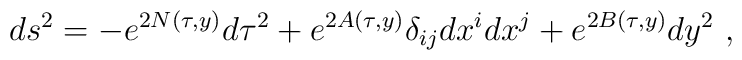
ds^2=-e^{2N(\tau,y)}d\tau^2+e^{2A(\tau,y)}\delta_{ij}dx^idx^j+e^{2B(\tau,y)}dy^2~,